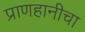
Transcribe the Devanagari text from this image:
प्राणहानीचा